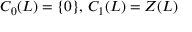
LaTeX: C _ { 0 } ( L ) = \{ 0 \} , \, C _ { 1 } ( L ) = Z ( L )